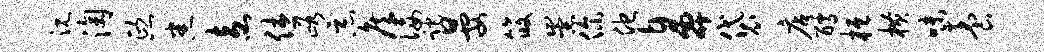
沉淘熙悉盍休峪恶侯佞跎晏筱崇你他鼻袋店醵桓横味养